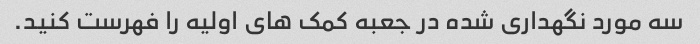
سه مورد نگهداری شده در جعبه کمک های اولیه را فهرست کنید.